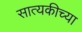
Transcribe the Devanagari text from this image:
सात्यकीच्या